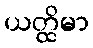
ယတ္ထိမာ